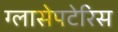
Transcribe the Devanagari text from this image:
ग्लासेपटेरिस